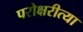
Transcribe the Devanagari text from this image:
परोक्षरीत्या